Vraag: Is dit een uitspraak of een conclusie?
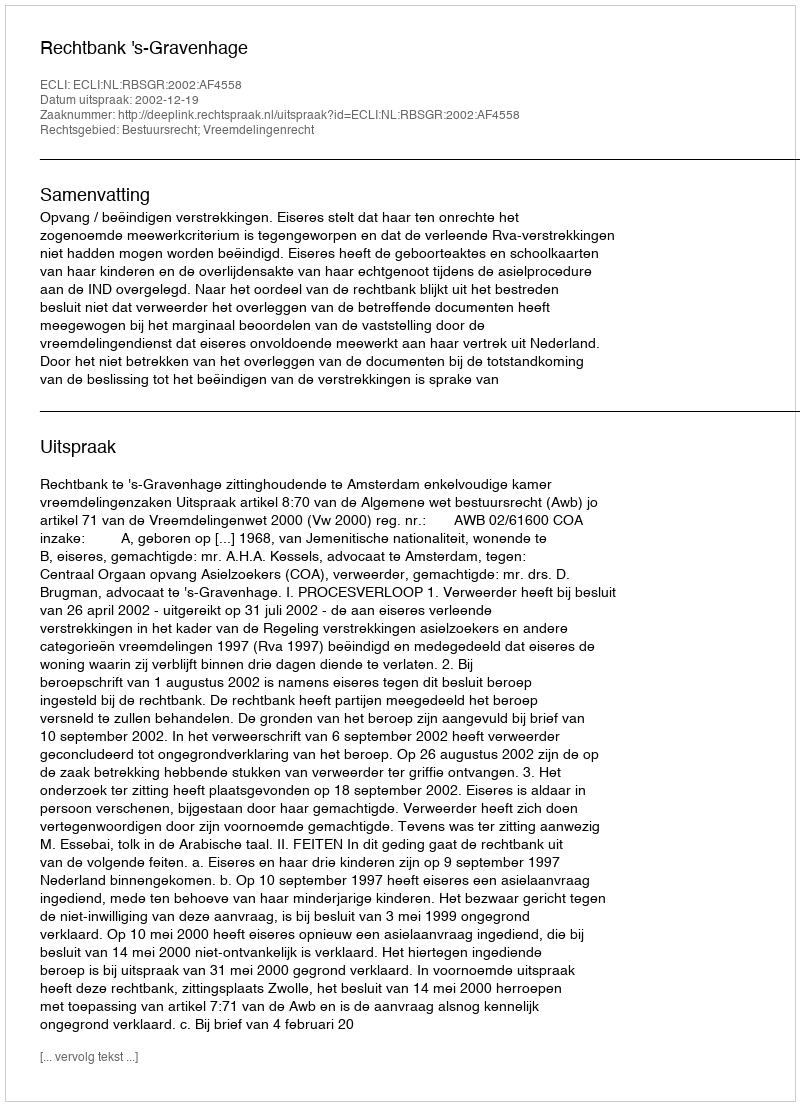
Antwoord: Uitspraak